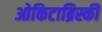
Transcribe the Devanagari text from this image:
ओकिटाब्रिस्की